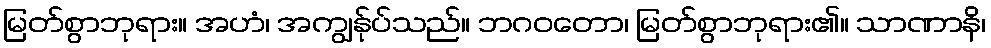
မြတ်စွာဘုရား။ အဟံ၊ အကျွန်ုပ်သည်။ ဘဂဝတော၊ မြတ်စွာဘုရား၏။ သာဏာနိ၊